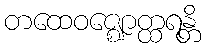
တထေဝဇ္ဈောတ္ထရန္တိ